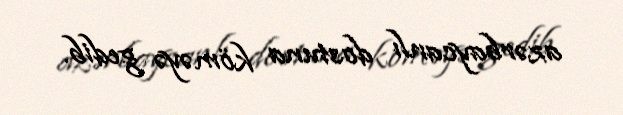
azərbaycanlı dostuna köməyə gedib.